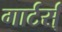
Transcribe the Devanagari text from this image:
गार्टर्स्